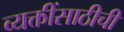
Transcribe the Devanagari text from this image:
व्यक्तींसाठीची